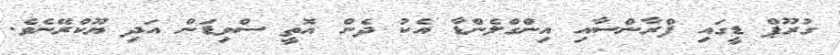
ގުރޫޕް ޑީގައި ފްރާންސާއި އިންގްލެންޑާ އެކު ދެން އޮތީ ސްވިޑަން އަދި ޔޫކްރޭނެވެ.